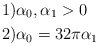
\begin{align*}& 1) \alpha_{0},\alpha_{1}>0\\& 2) \alpha_{0}=32\pi\alpha_{1}\end{align*}